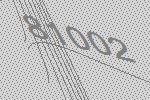
81002